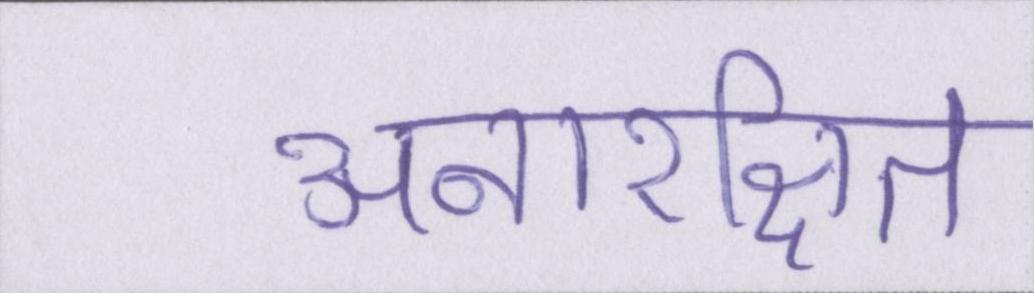
अनारक्षित